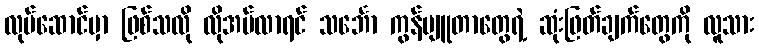
လုပ်ဆောင်မှာ ဖြစ်သလို လိုအပ်လာရင် သင်္ဘော ကွန်ပျူတာတွေရဲ့ ဆုံးဖြတ်ချက်တွေကို လူသား